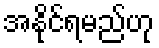
အနိုင်ရမည်ဟု